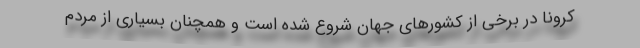
کرونا در برخی از کشورهای جهان شروع شده است و همچنان بسیاری از مردم